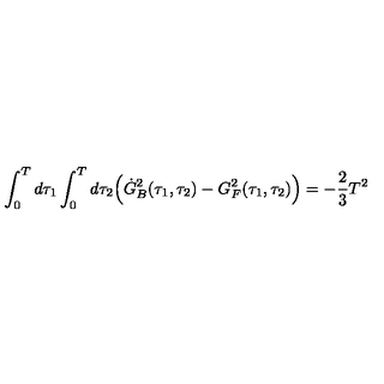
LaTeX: \int _ { 0 } ^ { T } d \tau _ { 1 } \int _ { 0 } ^ { T } d \tau _ { 2 } \Bigl ( { \dot { G } _ { B } } ^ { 2 } ( \tau _ { 1 } , \tau _ { 2 } ) - G _ { F } ^ { 2 } ( \tau _ { 1 } , \tau _ { 2 } ) \Bigr ) = - { \frac { 2 } { 3 } } T ^ { 2 } \quad